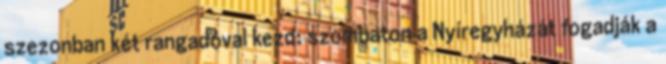
szezonban két rangadóval kezd: szombaton a Nyíregyházát fogadják a